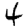
Digit: 4